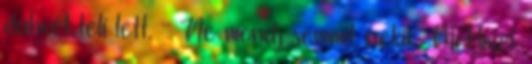
dühvel teli lett. - Ne mondj semmit nekik. MiHivel,